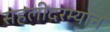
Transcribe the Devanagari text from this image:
सहलीदरम्यान